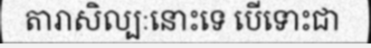
តារាសិល្បៈនោះទេ បើទោះជា